Lunatic asylums Punjab 1881-1894 - 1881-1894
Year: 1881
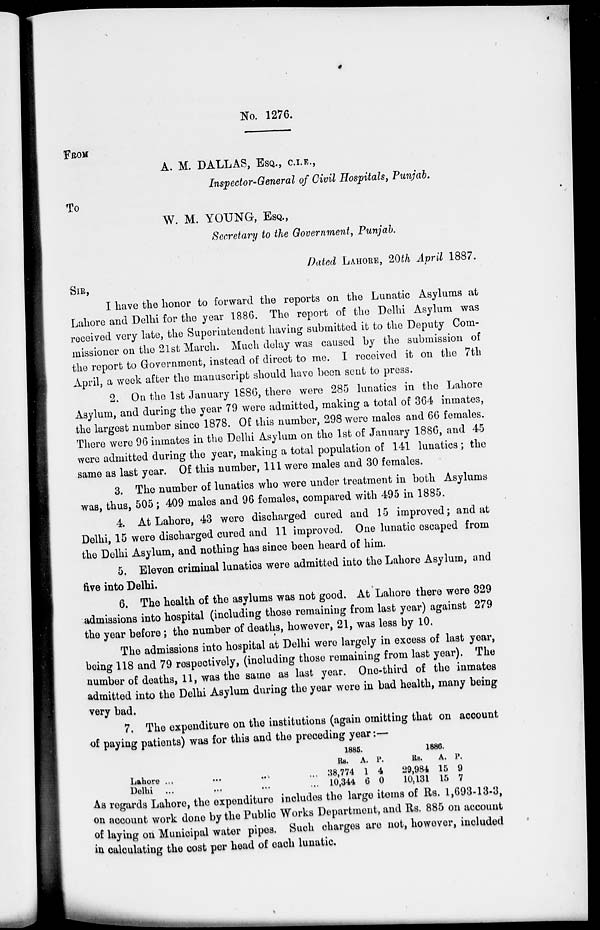
No. 1276.
FROM
A. M. DALLAS, ESQ., C.I.E.,
Inspector-General of Civil Hospitals, Punjab.
TO
W. M. YOUNG, ESQ.,
Secretary to the Government, Punjab.
Dated LAHORE, 20th April 1887.
SIR,
I have the honor to forward the reports on the Lunatic Asylums at
Lahore and Delhi for the year 1886. The report of the Delhi Asylum was
received very late, the Superintendent having submitted it to the Deputy Com-
missioner on the 21st March. Much delay was caused by the submission of
the report to Government, instead of direct to me. I received it on the 7th
April, a week after the manuscript should have beer sent to press.
2. On the 1st January 1886, there were 285 lunatics in the Lahore
Asylum, and during the year 79 were admitted, making a total of 364 inmates,
the largest number since 1878. Of this number, 298 were males and 66 females.
There were 96 inmates in the Delhi Asylum on the 1st of January 1886, and 45
were admitted during the year, making a total population of 141 lunatics; the
same as last year. Of this number, 111 were males and 30 females.
3. The number of lunatics who were under treatment in both Asylums
was, thus, 505; 409 males and 96 females, compared with 495 in 1885.
4. At Lahore, 43 were discharged cured and 15 improved; and at
Delhi, 15 were discharged cured and 11 improved. One lunatic escaped from
the Delhi Asylum, and nothing has since been heard of him.
5. Eleven criminal lunatics were admitted into the Lahore Asylum, and
five into Delhi.
6. The health of the asylums was not good. At Lahore there were 329
admissions into hospital (including those remaining from last year) against 279
the year before; the number of deaths, however, 21, was less by 10.
The admissions into hospital at Delhi were largely in excess of last year,
being 118 and 79 respectively, (including those remaining from last year). The
number of deaths, 11, was the same as last year. One-third of the inmates
admitted into the Delhi Asylum during the year were in bad health, many being
very bad.
7. The expenditure on the institutions (again omitting that on account
of paying patients) was for this and the preceding year:—
Lahore ...
...
...
Delia ... ... ...
1885.
Rs.
38,774
10,344
A.
1
6
P.
4
0
1886.
Rs.
29,984
10,131
A.
15
15
P.
9
7
As regards Lahore, the expenditure includes the largo items of Rs. 1,693-13-3,
on account work done by the Public Works Department, and Rs. 885 on account
of laying on Municipal water pipes. Such charges are not, however, included
in calculating the cost per head of each lunatic.